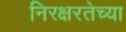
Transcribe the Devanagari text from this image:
निरक्षरतेच्या